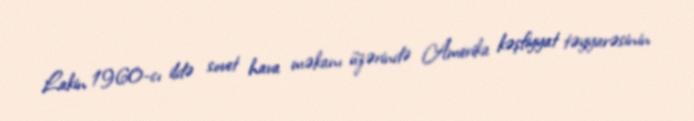
Lakin 1960-cı ildə sovet hava məkanı üzərində Amerika kəşfiyyat təyyarəsinin